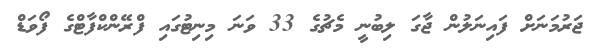
ޖަރުމަނަށް ފައިނަލުން ޖާގަ ލިބުނީ މެޗުގެ 33 ވަނަ މިނިޓުގައި ފްރޭންކްފާޓްގެ ފޯވަޑް